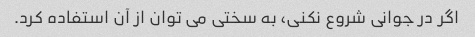
اگر در جوانی شروع نکنی، به سختی می توان از آن استفاده کرد.